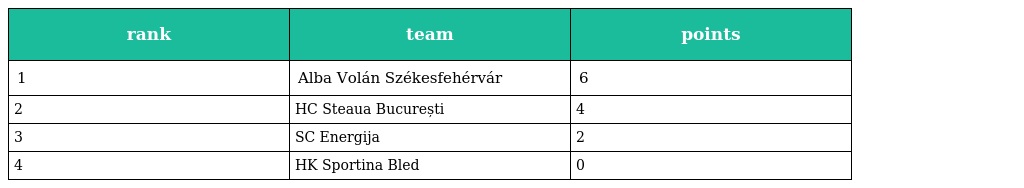
| rank | team | points |
 | --- | --- | --- |
 | 1 | Alba Volán Székesfehérvár | 6 |
 | 2 | HC Steaua București | 4 |
 | 3 | SC Energija | 2 |
 | 4 | HK Sportina Bled | 0 |